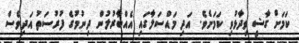
ކަމަށް ގާޟީ ވިދާޅުވި ކަމަށެވެ. އަދި މައްސަލާގައި އެއްބާރުލުން ދިނުމުގެ ފުރުސަތު އަދިވެސް